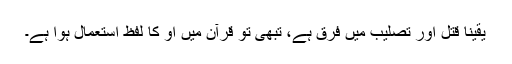
یقینا قتل اور تصلیب میں فرق ہے، تبھی تو قرآن میں او کا لفظ استعمال ہوا ہے۔